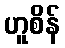
ဟူစိန်